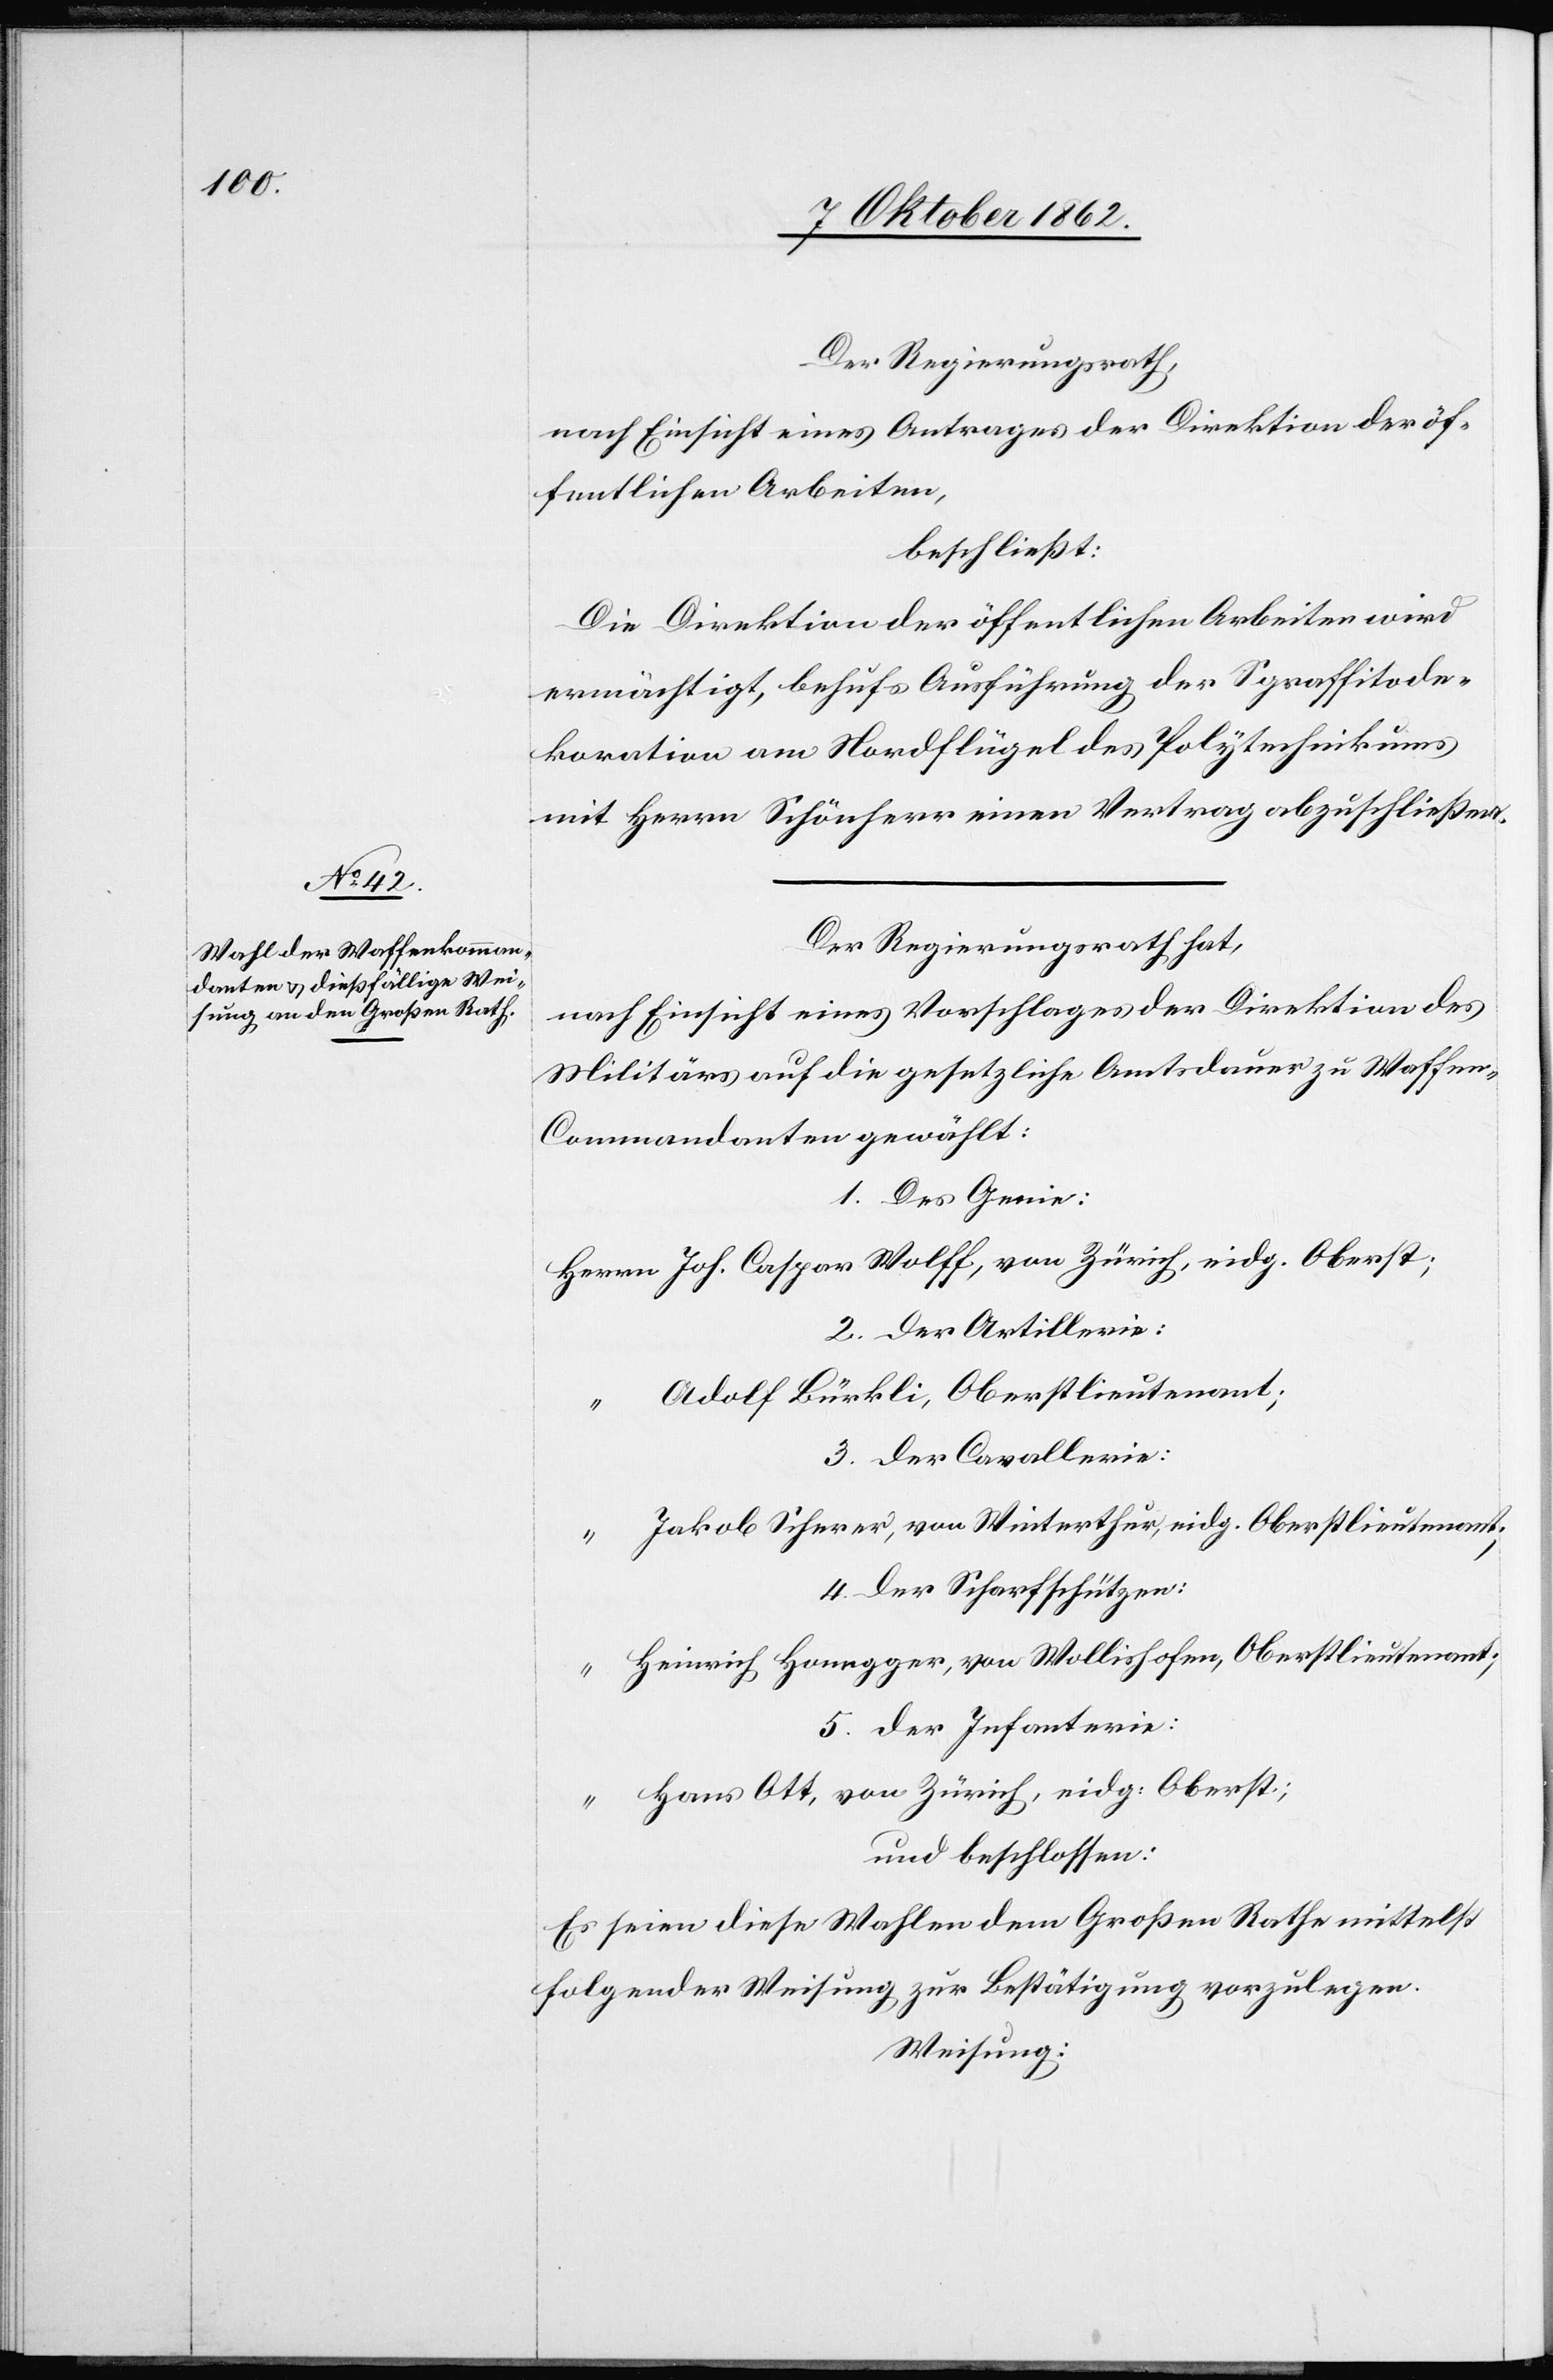
Der Regierungsrath,
nach Einsicht eines Antrages der Direktion der öf¬
fentlichen Arbeiten,
beschließt:
Die Direktion der öffentlichen Arbeiten wird
ermächtigt, behufs Ausführung der Sgraffitode¬
koration am Nordflügel des Polytechnikums
mit Herrn Schönherr einen Vertrag abzuschließen.
Der Regierungsrath hat,
nach Einsicht eines Vorschlages der Direktion des
Militärs auf die gesetzliche Amtsdauer zu Waffe¬
n-Commandanten gewählt:
1. Des Genie:
Der Artillerie:
Adolf Bürkli, Oberstlieutenant;
3. Der Cavallerie:
Jakob Scherer, von Winterthur, eidg. Oberstlieutenant;
4. Der Scharfschützen:
Heinrich Honegger, von Wollishofen, Oberstlieutenant;
5. Der Infanterie:
Hans Ott, von Zürich, eidg. Oberst;
und beschlossen:
Es seien diese Wahlen dem Großen Rathe mittelst
folgender Weisung zur Bestätigung vorzulegen.
Weisung: